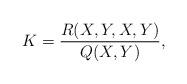
LaTeX: \begin{align*}K=\frac{R(X,Y,X,Y)}{Q(X,Y)},\end{align*}